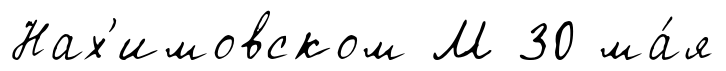
Нах'имовском М 30 ма́я